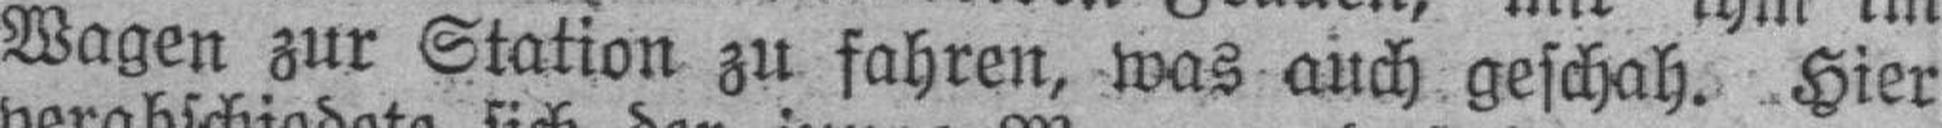
Wagen zur Station zu fahren, was auch geschah. Hier